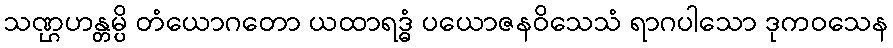
သဏ္ဌဟန္တမ္ပိ တံယောဂတော ယထာရဒ္ဓံ ပယောဇနဝိသေသံ ရာဂပါသော ဒုကဝသေန